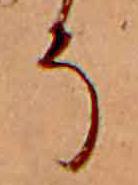
そ